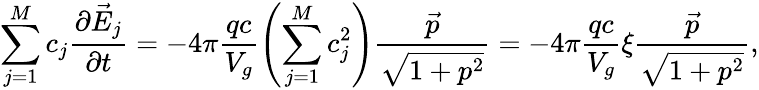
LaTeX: \sum_{j=1}^{M}c_{j}\frac{\partial\vec{E}_{j}}{\partial t}=-4\pi\frac{qc}{V_{g}}\left(\sum_{j=1}^{M}c_{j}^{2}\right)\frac{\vec{p}}{\sqrt{1+p^{2}}}=-4\pi\frac{qc}{V_{g}}\xi\frac{\vec{p}}{\sqrt{1+p^{2}}},